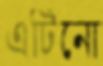
এটিনো